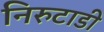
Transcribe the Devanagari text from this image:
निरुटाडी